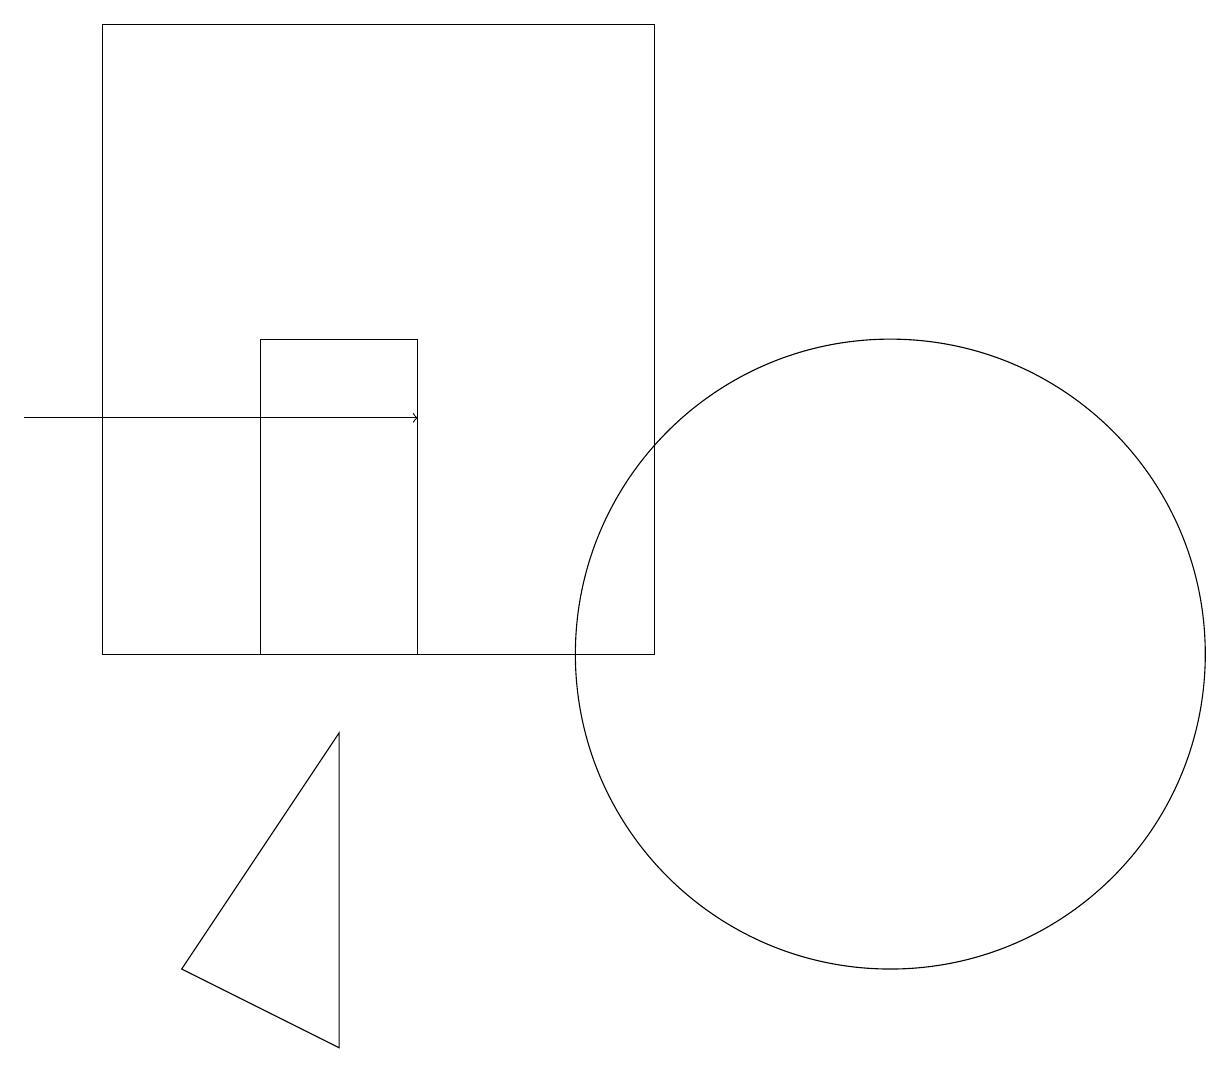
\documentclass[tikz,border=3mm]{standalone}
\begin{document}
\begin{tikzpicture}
\draw (11,10) circle (4);
\draw (8,18) rectangle (1,10);
\draw (3,10) rectangle (5,14);
\draw[->] (0,13) -- (5,13);
\draw (4,9) -- (2,6) -- (4,5) -- cycle;
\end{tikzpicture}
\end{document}